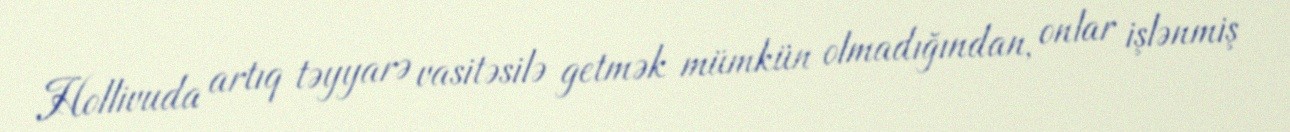
Hollivuda artıq təyyarə vasitəsilə getmək mümkün olmadığından, onlar işlənmiş